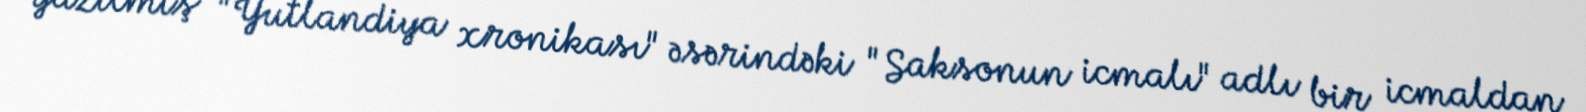
yazılmış "Yutlandiya xronikası" əsərindəki "Saksonun icmalı" adlı bir icmaldan